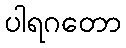
ပါရဂတော